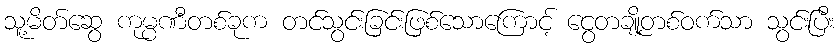
သူ့မိတ်ဆွေ ကုမ္ပဏီတစ်ခုက တင်သွင်းခြင်းဖြစ်သောကြောင့် ငွေတချို့တစ်ဝက်သာ သွင်းပြီး